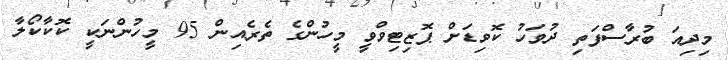
މިދިއަ ބުރާސްފަތި ދުވަހު ކޮވިޑަށް ޕޮޒިޓިވްވީ މީހުންގެ ތެރެއިން 95 މީހުންނަކީ ކޮކާކޯލާ